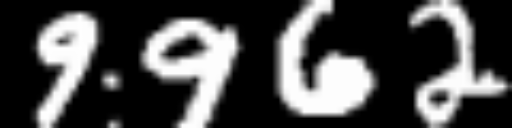
Text: 9962